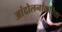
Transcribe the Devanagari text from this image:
आंदोलनांकरिता